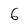
Character: 6